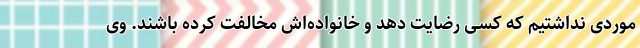
موردی نداشتیم که کسی رضایت دهد و خانواده‌اش مخالفت کرده باشند. وی